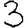
Digit: 3